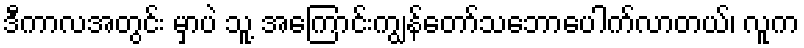
ဒီကာလအတွင်း မှာပဲ သူ့ အကြောင်းကျွန်တော်သဘောပေါက်လာတယ်၊ လူက